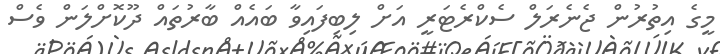
މީގެ އިތުރުން ޖެނެރަލް ސެކްރެޓަރީ އަށް ލިބިފައިވާ ބައެއް ބާރުތައް ދޫކޮށްލަން ވެސް